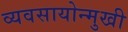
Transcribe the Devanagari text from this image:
व्यवसायोन्मुखी